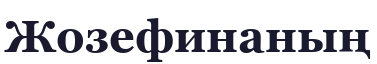
Жозефинаның